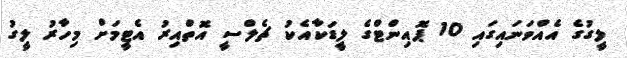
ލީގުގެ އެއްވަނައިގައި 10 ޕޮއިންޓްގެ ލީޑަކާއެކު ޗެލްސީ އޮތްއިރު އެޓީމަށް މިހާރު ލީގު